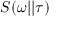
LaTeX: S ( \omega | | \tau )